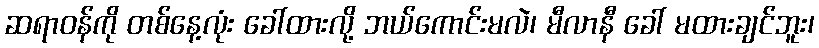
ဆရာဝန်ကို တစ်နေ့လုံး ခေါ်ထားလို့ ဘယ်ကောင်းမလဲ၊ မီလာနီ ခေါ် မထားချင်ဘူး၊